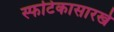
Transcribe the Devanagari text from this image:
स्फटिकासारखे